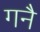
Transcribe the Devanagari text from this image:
गनै